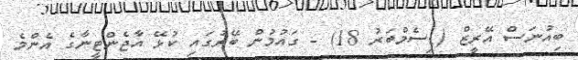
ބިއުނަސް އޭރީޒް (ޑިސެމްބަރު 18) - ގައުމުން ބޭރުގައި ކުޅޭ އާޖެންޓީނާގެ އެންމެ